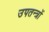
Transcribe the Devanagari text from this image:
उपतन्त्रों